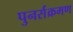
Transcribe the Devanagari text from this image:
पुनर्संक्रमण